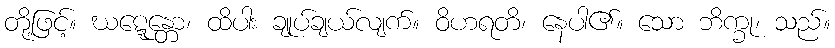
တို့ဖြင့်။ ဃဋ္ဋေန္တော၊ ထိပါး ချုပ်ချယ်လျက်။ ဝိဟရတိ၊ နေပါ၏။ သော ဘိက္ခု၊ သည်။